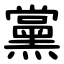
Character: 黨